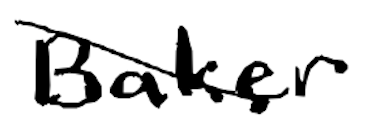
Text: Baker
Cross-out: diagonal
Writing tool: digital_black